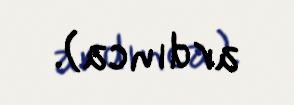
ardınca).